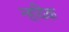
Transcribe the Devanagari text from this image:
न्हयिक